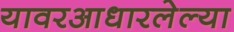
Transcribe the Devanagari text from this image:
यावरआधारलेल्या